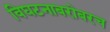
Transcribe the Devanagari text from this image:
विघटनाबरोबरच